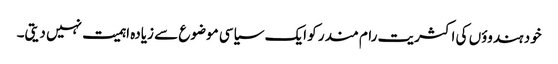
خود ہندوؤں کی اکثریت رام مندر کو ایک سیاسی موضوع سے زیادہ اہمیت نہیں دیتی۔